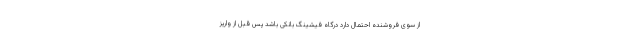
از سوی فروشنده احتمال دارد درگاه فیشینگ بانکی باشد پس قبل از واریز